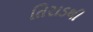
તિરાડથી